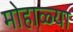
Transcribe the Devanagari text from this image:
मोहाळ्या